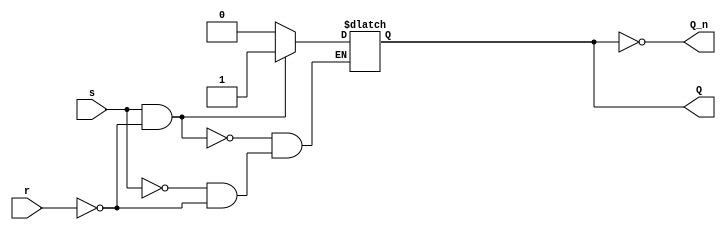
module s_r_latch(
	input s, r,
	output Q, Q_n
);

reg q = 0;												// Initialise q to 0 as a known state of reset

always @(s, r)
	begin				
		if ((s == 1'b1) && (r == 1'b0))			// SR = 10 (State)
			begin
				q <= 1'b1;
			end
		else if ((s == 1'b0) && (r == 1'b0))	// SR = 00 (Hold)
			begin
				q <= q;
			end	
	
		else												// SR = 01 || 11 (Reset)
			begin
				q <= 1'b0;
			end
	end
	
assign Q = q;
assign Q_n = !q;

endmodule